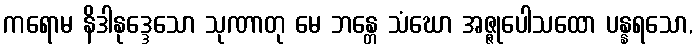
ကရောမ နိဒါနုဒ္ဒေသော သုဏာတု မေ ဘန္တေ သံဃော အဇ္ဇုပေါသထော ပန္နရသော,